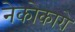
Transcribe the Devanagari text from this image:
नेकोकारो